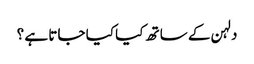
دلہن کے ساتھ کیا کیا جاتا ہے ؟